Scientific memoirs by medical officers of the Army of India - Part VI,
Year: 1891
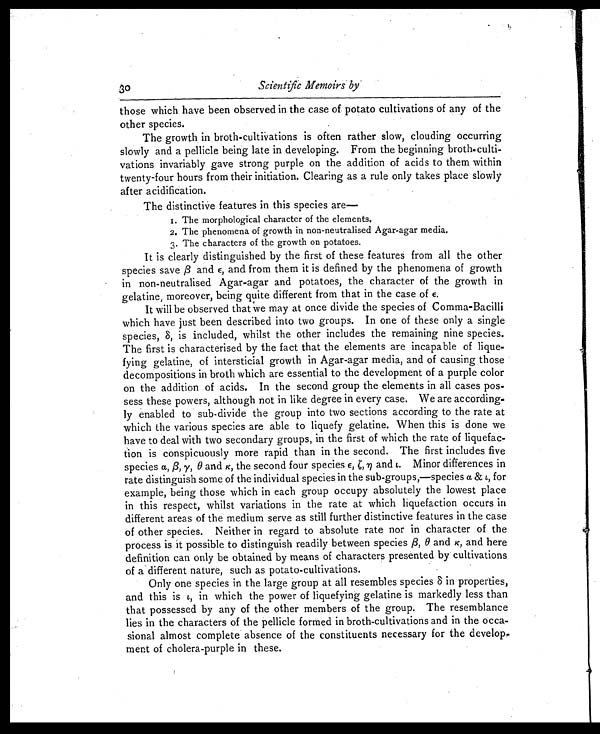
Scientific Memoirs by.
those which have been observed in the case of potato cultivations of any of the
other species.
The growth, in broth-cultivations is often rather slow, clouding occurring
slowly and a pellicle being late in developing. From the beginning broth-culti-
vations invariably gave strong purple on the addition of acids to them within
twenty-four hours from their initiation. Clearing as a rule only takes place slowly
after acidification.
The distinctive features in this species are
—
1. The morphological character of the elements.
2. The phenomena of growth in non-neutralised Agar-agar media.
3. The characters of the growth on potatoes.
It is clearly distinguished by the first of these features from all the other
species save ß and ε, and from them it is defined by the phenomena of growth
in non-neutralised Agar-agar and potatoes, the character of the growth in
gelatine, moreover, being quite different from that in the case of ε .
It will be observed that we may at once divide the species of Comma-Bacilli
which have just been described into two groups. In one of these only a single
species,ζ ’, is included, whilst the other includes the remaining nine species.
The first is characterised by the fact that the elements are incapable of lique
- f y i n g g e l a t i n e , o f i n t e r s t i c i a l g r o w t h i n A g a r - a g a r m e d i a , a n d o f c a u s i n g t h o s e
decompositions in broth which are essential to the development of a purple color
on the addition of acids. In the second group the elements in all cases pos
- sess these powers, although not in like degree in every case. We are according
- l y e n a b l e d t o s u b - d i v i d e t h e g r o u p i n t o t w o s e c t i o n s a c c o r d i n g t o t h e r a t e a t
which the various species are able to liquefy gelatine. When this is done we
have to deal with two secondary groups, in the first of which the rate of liquefac
- t i o n i s c o n s p i c u o u s l y m o r e r a p i d t h a n i n t h e s e c o n d . T h e f i r s t i n c l u d e s f i v e
species a, ß, y, θ and K, the second four species ε,ζ,ŋ and t. Minor differences in
rate distinguish some of the individual species in the sub-groups,—species a & t, for
example, being those which in each group occupy absolutely the lowest place
in this respect, whilst variations in the rate at which liquefaction occurs in
different areas of the medium serve as still further distinctive features in the case
of other species. Neither in regard to absolute rate nor in character of the
process is it possible to distinguish readily between species ß, θ and K, and here
definition can only be obtained by means of characters presented by cultivations
of a different nature, such as potato-cultivations.
Only one species in the large group at all resembles species δ in properties,
and this is i, in which the power of liquefying gelatine is markedly less than
that possessed by any of the other members of the group. The resemblance
lies in the characters of the pellicle formed in broth-cultivations and in the occa-
- sional almost complete absence of the constituents necessary for the develop-
ment of cholera-purple in these.
30